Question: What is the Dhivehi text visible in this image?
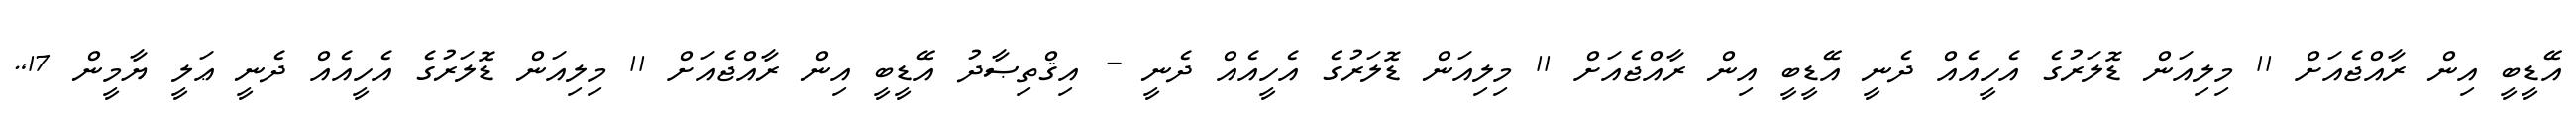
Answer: އޭޑީބީ އިން ރާއްޖެއަށް 11 މިލިއަން ޑޮލަރުގެ އެހީއެއް ދެނީ އޭޑީބީ އިން ރާއްޖެއަށް 11 މިލިއަން ޑޮލަރުގެ އެހީއެއް ދެނީ - އިޤްތިޞާދު އޭޑީބީ އިން ރާއްޖެއަށް 11 މިލިއަން ޑޮލަރުގެ އެހީއެއް ދެނީ ޢަލީ ޔާމީން 17,.